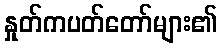
နှုတ်ကပတ်တော်များ၏